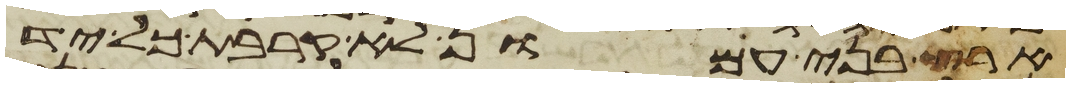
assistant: ארץ בני עמון לא קרבת כל יד